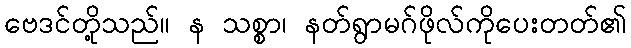
ဗေဒင်တို့သည်။ န သစ္စာ၊ နတ်ရွာမဂ်ဖိုလ်ကိုပေးတတ်၏